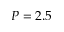
P = 2 . 5